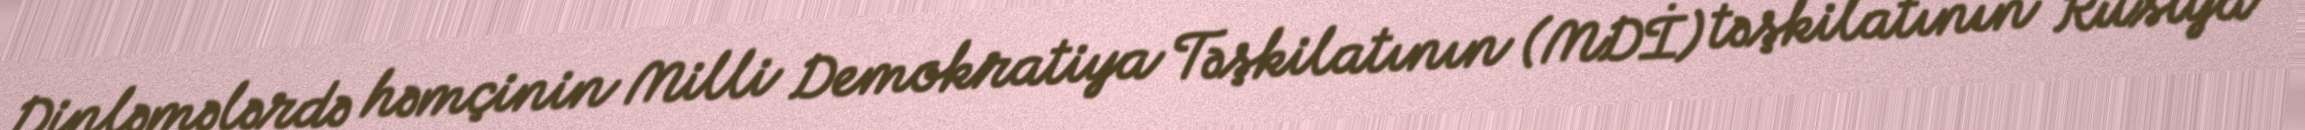
Dinləmələrdə həmçinin Milli Demokratiya Təşkilatının (MDİ) təşkilatının Rusiya